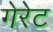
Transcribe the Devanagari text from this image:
गेरेट